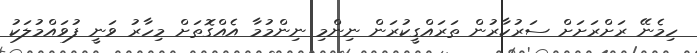
ހިމެނޭ ރަށްރަށަށް ސަރުކާރުން ތަރައްގީކުރަން ނިންމި ނިންމުމާ އެއްގޮތަށް މިހާރު ވަނީ ފުވައްމުލަކު